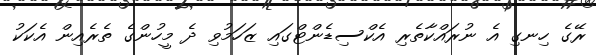
ރޭގެ ހިނގި އެ ނުރައްކާތެރި އެކްސިޑެންޓްގައި ޒަހަމުވި ދެ މީހުންގެ ތެރެއިން އެކަކު